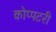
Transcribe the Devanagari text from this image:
कोप्पटरी